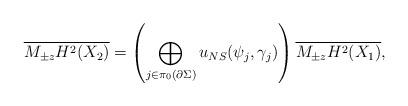
LaTeX: \begin{align*}\overline{M_{\pm z} H^2(X_2)} = \left( \bigoplus_{j \in \pi_0(\partial \Sigma)} u_{NS}(\psi_j,\gamma_j) \right) \overline{M_{\pm z} H^2(X_1)},\end{align*}